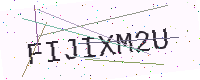
Text: FIJIXM2U